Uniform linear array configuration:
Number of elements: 12
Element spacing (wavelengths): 0.5
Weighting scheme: hamming
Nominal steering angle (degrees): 30
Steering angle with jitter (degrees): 29.515
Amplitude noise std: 0.05
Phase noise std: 0.05

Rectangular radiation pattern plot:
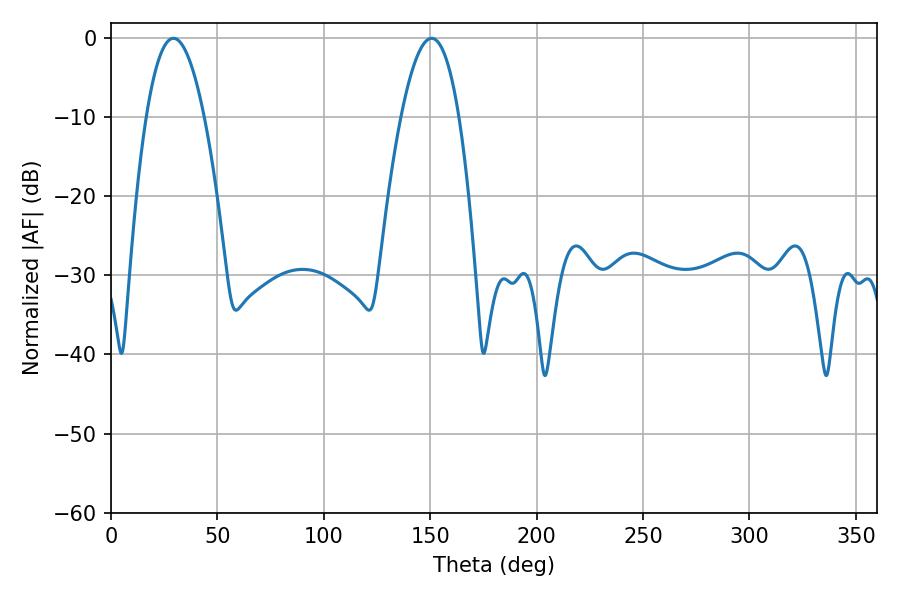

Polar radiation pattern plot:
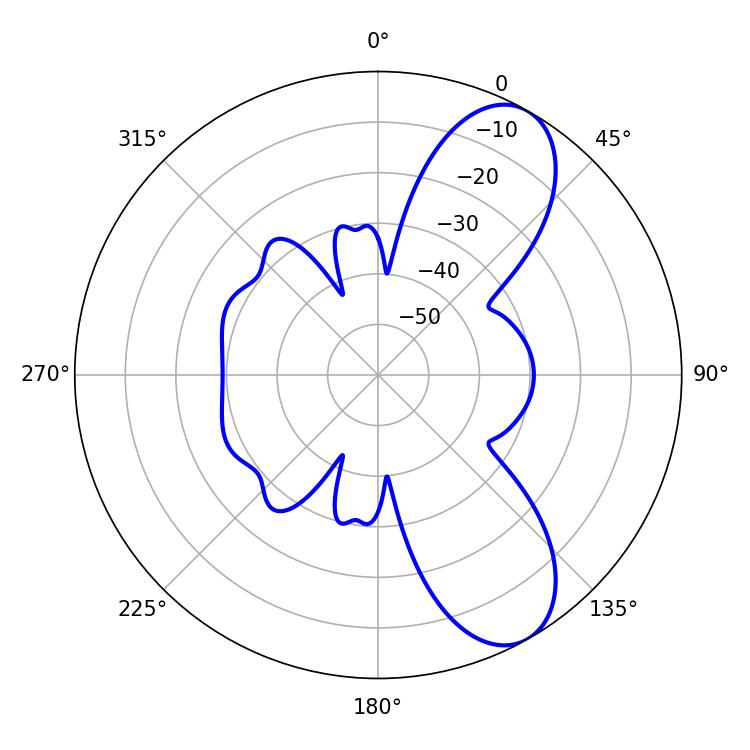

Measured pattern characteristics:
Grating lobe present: FALSE
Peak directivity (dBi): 8.611
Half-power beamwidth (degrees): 14.94
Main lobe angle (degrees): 29.34